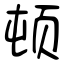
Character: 顿